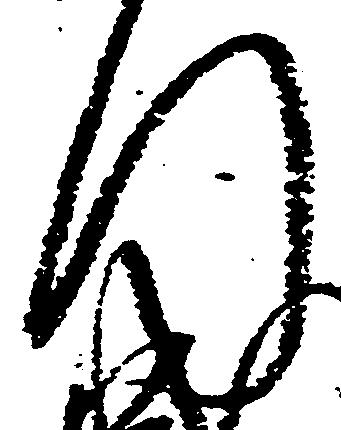
行